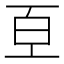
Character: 𭽈